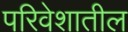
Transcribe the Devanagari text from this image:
परिवेशातील